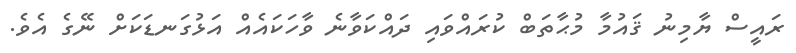
ރައީސް ޔާމިނު ޤައުމާ މުޙާތަބް ކުރައްވައި ދައްކަވާނެ ވާހަކައެއް އަޅުގަނޑަކަށް ނޭގެ އެވެ.